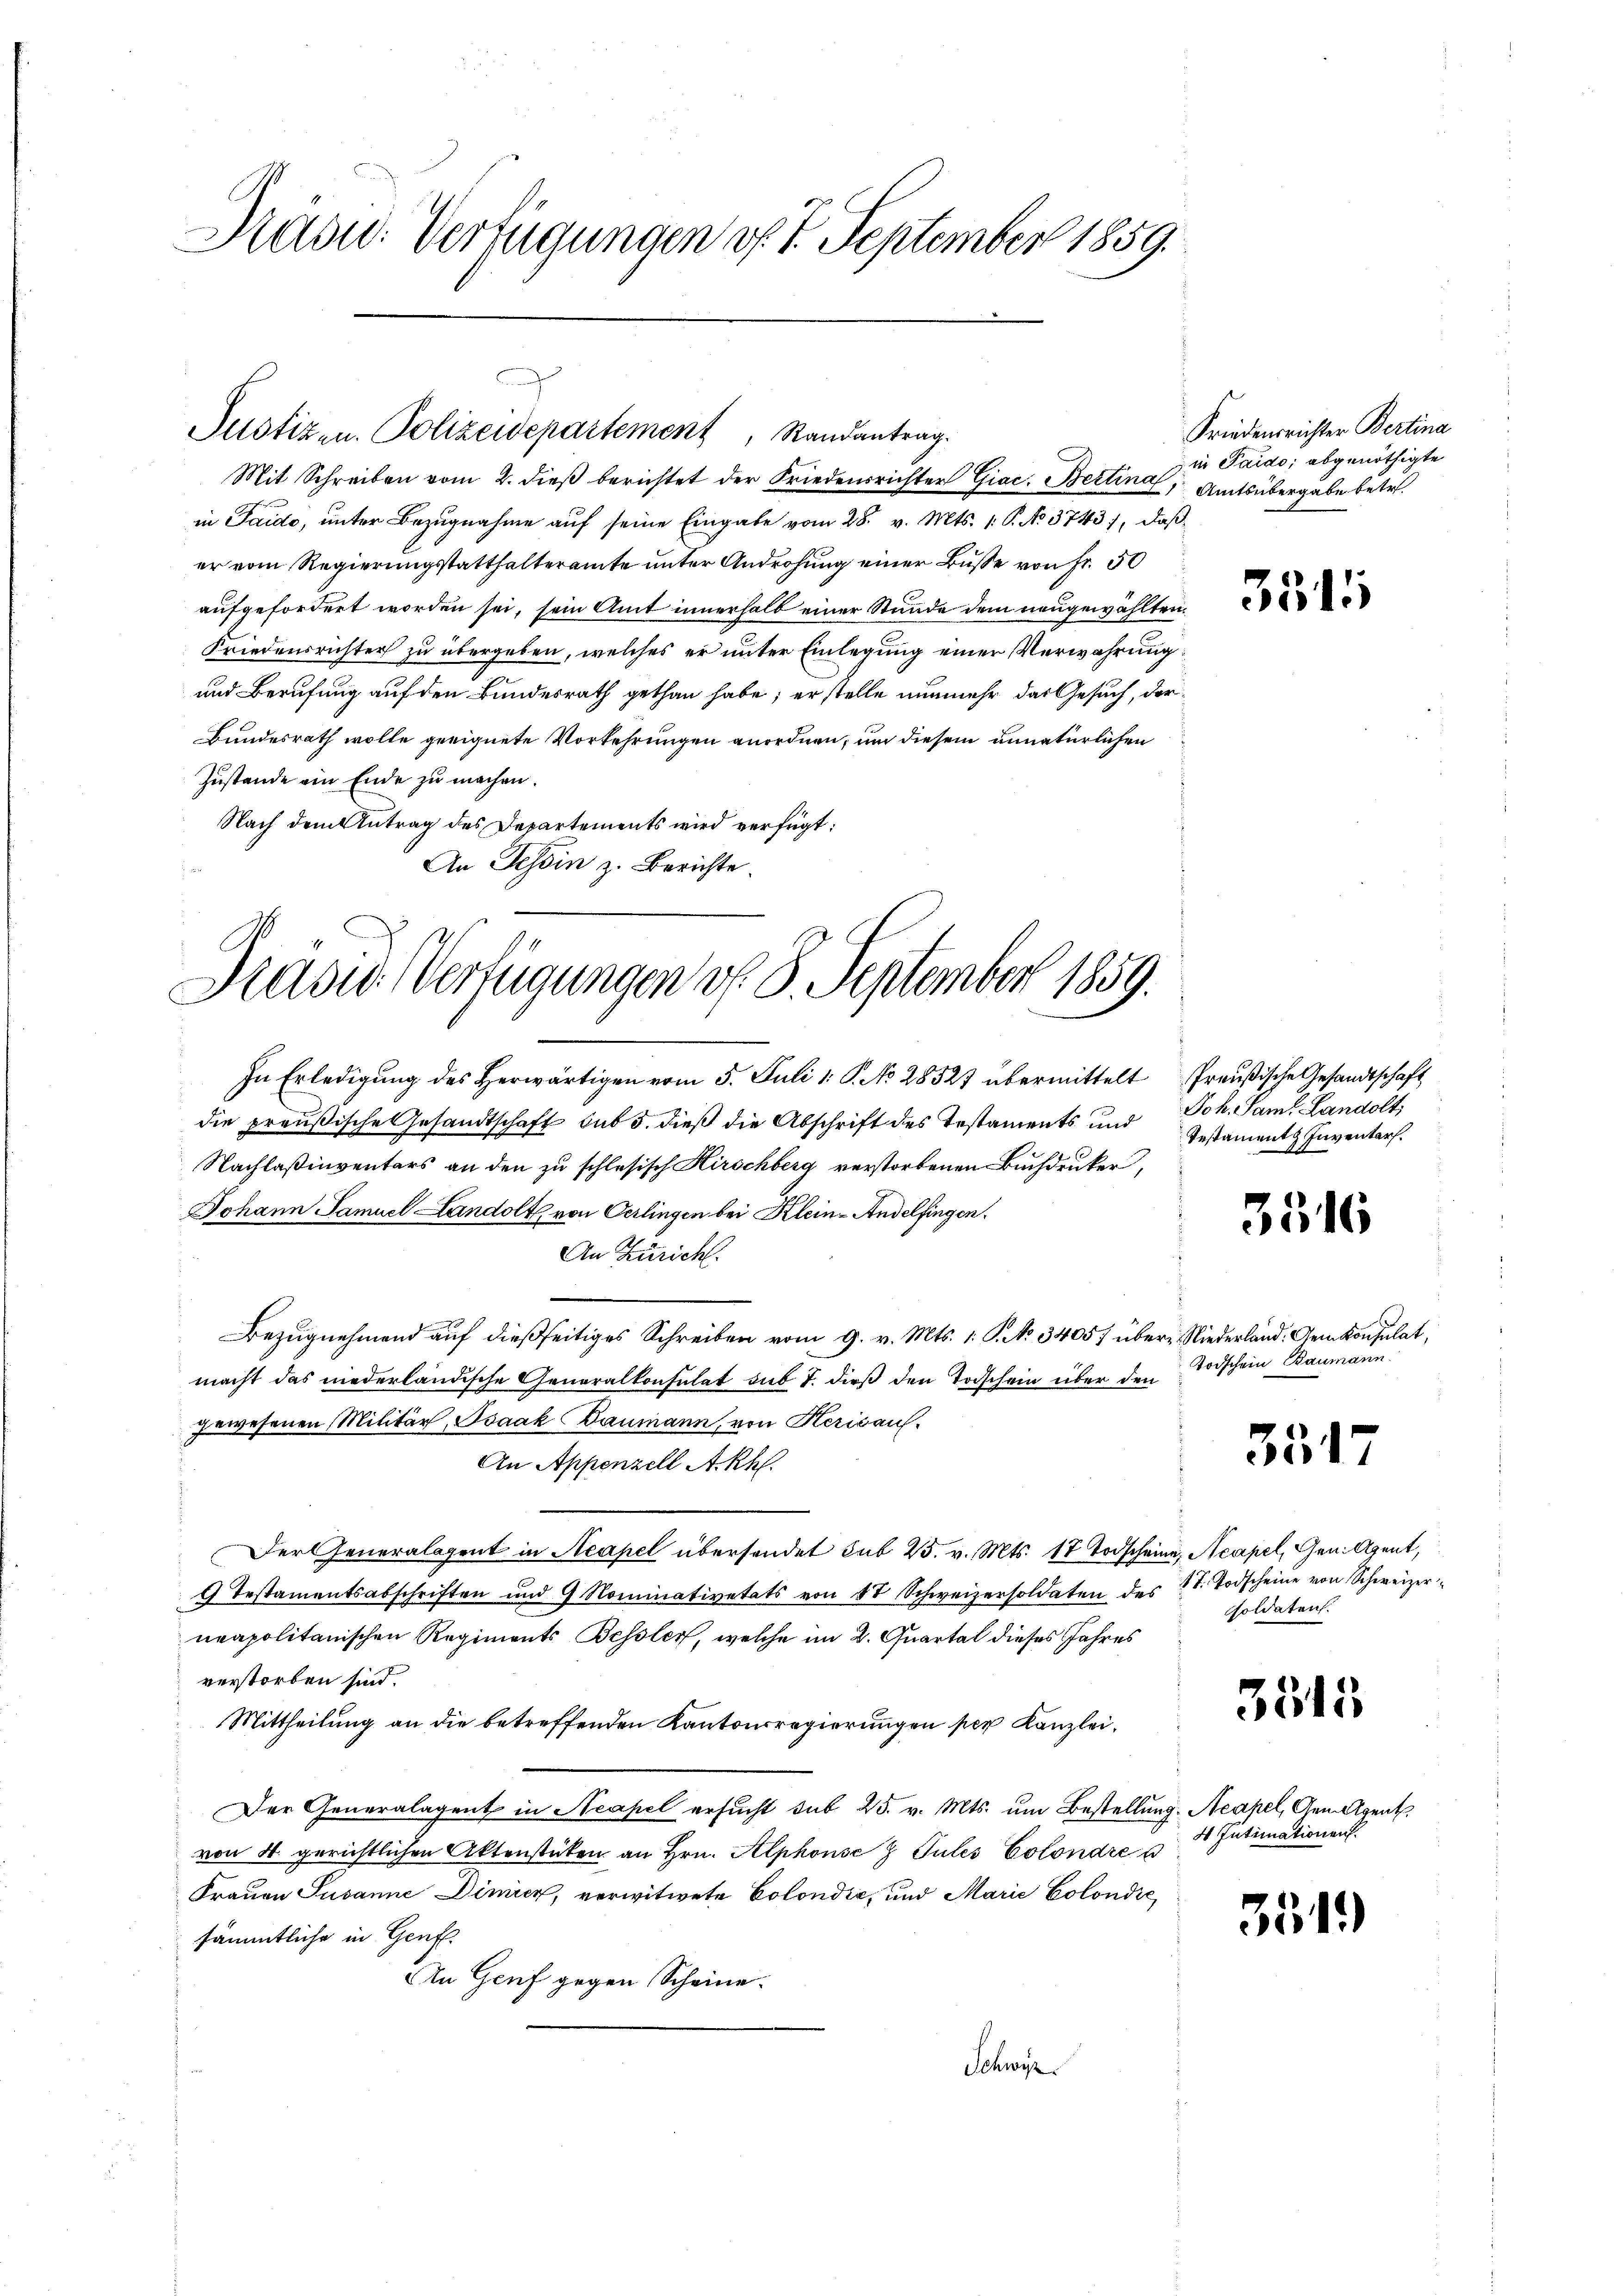
Radu. Verfügungen v. 7. September 1859.

in Taido, unter Bezugnahme auf seine Eingabe vom 28. v. Mts. 1. P. No 3743), daß
er vom Regierungsstatthalteramte unter Androhung einer Busse von Fr. 50
aufgefordert worden sei, sein Amt innerhalb einer Stunde dem neugewählten,
Friedensrichter zu übergeben, welches er unter Einlegung einer Verwahrung
und Berufung auf den Bundesrath gethan habe; er stelle nunmehr das Gesuch, der¬
Bundesrath wolle geeignete Vorkehrungen anordnen, um diesem unnatürlichen
Zustande ein Ende zu machen.
Nach dem Antrag des Departements wird verfügt:
An Tessin z. Berichte.

Justizen. Polizeidepartement, Randantrag.
Mit Schreiben vom 2. dieβ berichtet der Friedensrichter Giac. Bertina, Amtsübergabe betr.

Präsid. Verfügungen d. 8. September 1859.
7

In Erledigung des Herwärtigen vom 5. Juli 1. P. No 28527 übermittelt Preußische Gesandtschaft
die preußische Gesandtschaft sub 5. dieß die Abschrift des Testaments und Joh. Sam Landolt,
Nachlaßinventars an den zu schlesisch Hirschberg verstorbenen Buchdruker,
Johann Samuel Landolt, von Oerlingen bei Klein-Andelfingen.
An Zürich.
Bezugnehmend auf dießseitiges Schreiben vom 9. v. Mts. 1. G. No. 3405) über Niederland. Gemkonsulat,
macht das niederländische Generalkonsulat sub 7. dieß den Todschein über den
gewesenen Militär, Isaak Baumann, von Herisau.
An Appenzell A.-Rh.
Der Generalagent in Neapel übersendet sub 25. v. Mts. 17 Todscheine, Neapel, Gen. Agent,
9 Testamentsabschriften und 9 Nominativetats von 80 Schweizersoldaten des 11. Todscheine von Schweizer-
neapolitanischen Regiments Bessler, welche im 2. Quartal dieses Jahres
verstorben sind.
Mittheilung an die betreffenden Kantonsregierungen per Kanzlei¬
Der Generalagent in Neapel ersucht sub 25. v. Mts. um Bestellung. Neapel, den Agenth
von 4. gerichtlichen Aktenstüken an Hrn. Alphonse & Pules Colondre s
Frauen Susanne Dimier, verwitwete Colondić, und Marie Colondie
sämmtliche in Genf.
An Genf gegen Scheine
Schwyz.

Friedensrichter Bertina
in Paido, abgenöthigte

3515

Testament Inventars.

3516

Todschein Baumann.

3517

soldaten.

3515

4 Intimationen.

3519)